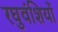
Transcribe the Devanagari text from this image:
रघुवंशियों